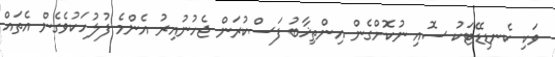
ވަކި ކެނޑިޑޭޓަކު ސޮއި ނުކޮށްގެން އިންތިޚާބު ފަސްކުރަން ޖެހުނުއިރު އެންމެ ފުލުހަކުވެގެން އެތައް